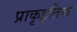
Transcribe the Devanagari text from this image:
प्राकृइतिक